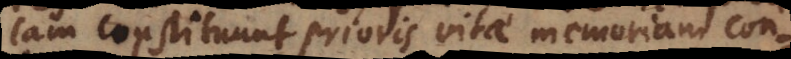
cam constituunt prioris vitae memoriam con